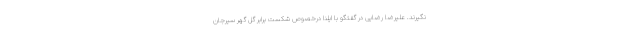
نگیرند. علیرضا رضایی در گفتگو با ایلنا درخصوص شکست برابر گل گهر سیرجان